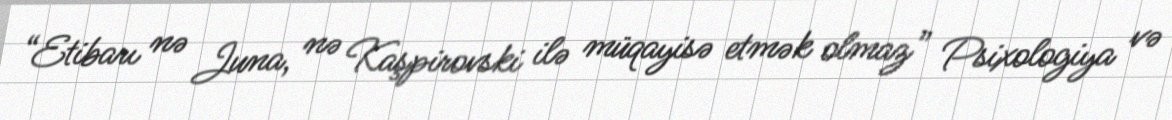
“Etibarı nə Juna, nə Kaşpirovski ilə müqayisə etmək olmaz” Psixologiya və